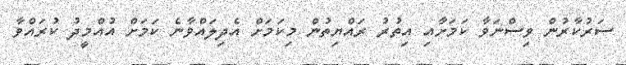
ސަރުކާރުން ވިސްނަވާ ކަމަށާއި އިތުރު ރައްޔިތުން މިކަމަށް އެދިލައްވާނެ ކަމަށް އުއްމީދު ކުރައްވާ